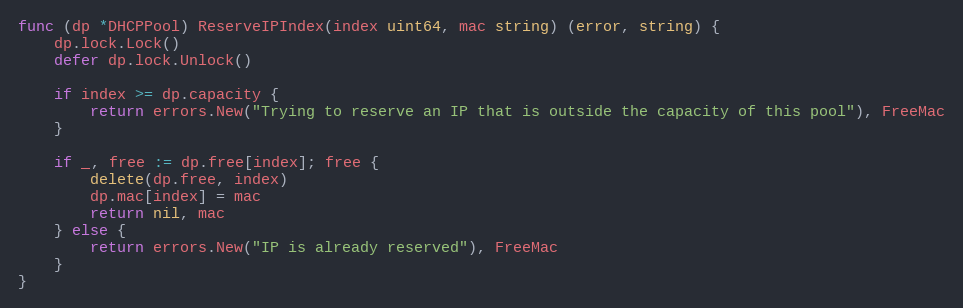
Language: Go
func (dp *DHCPPool) ReserveIPIndex(index uint64, mac string) (error, string) {
	dp.lock.Lock()
	defer dp.lock.Unlock()

	if index >= dp.capacity {
		return errors.New("Trying to reserve an IP that is outside the capacity of this pool"), FreeMac
	}

	if _, free := dp.free[index]; free {
		delete(dp.free, index)
		dp.mac[index] = mac
		return nil, mac
	} else {
		return errors.New("IP is already reserved"), FreeMac
	}
}